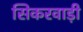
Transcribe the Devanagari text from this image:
सिकरवाड़ी